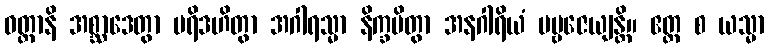
ဝတ္ထာနိ အစ္ဆာဒေတွာ ပရိဒဟိတွာ အဂါရသ္မာ နိက္ခမိတွာ အနဂါရိယံ ပဗ္ဗဇေယျန္တိ။ ဧတ္ထ စ ယသ္မာ